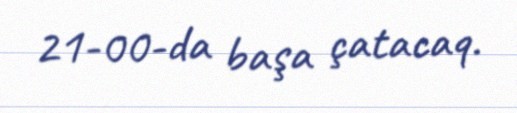
21-00-da başa çatacaq.